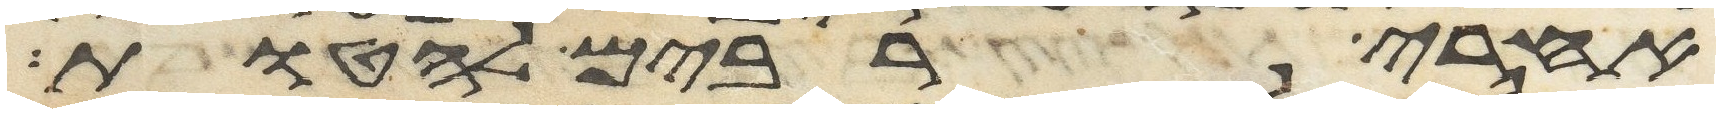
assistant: אחרי רבים להטות